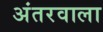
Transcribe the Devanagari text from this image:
अंतरवाला